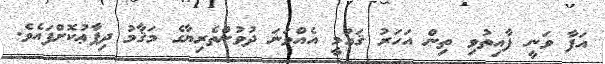
އަފާ ވަނީ ފާއިތުވި ތިން އަހަރު ޤައުމީ އެއްވަނަ ދުވުންތެރިޔާގެ މަޤާމު ދިފާޢުކޮށްފައެވެ.